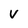
Character: V